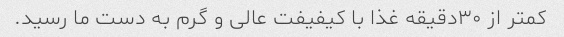
کمتر از ۳۰دقیقه غذا با کیفیفت عالی و گرم به دست ما رسید.